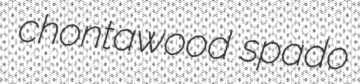
chontawood spado